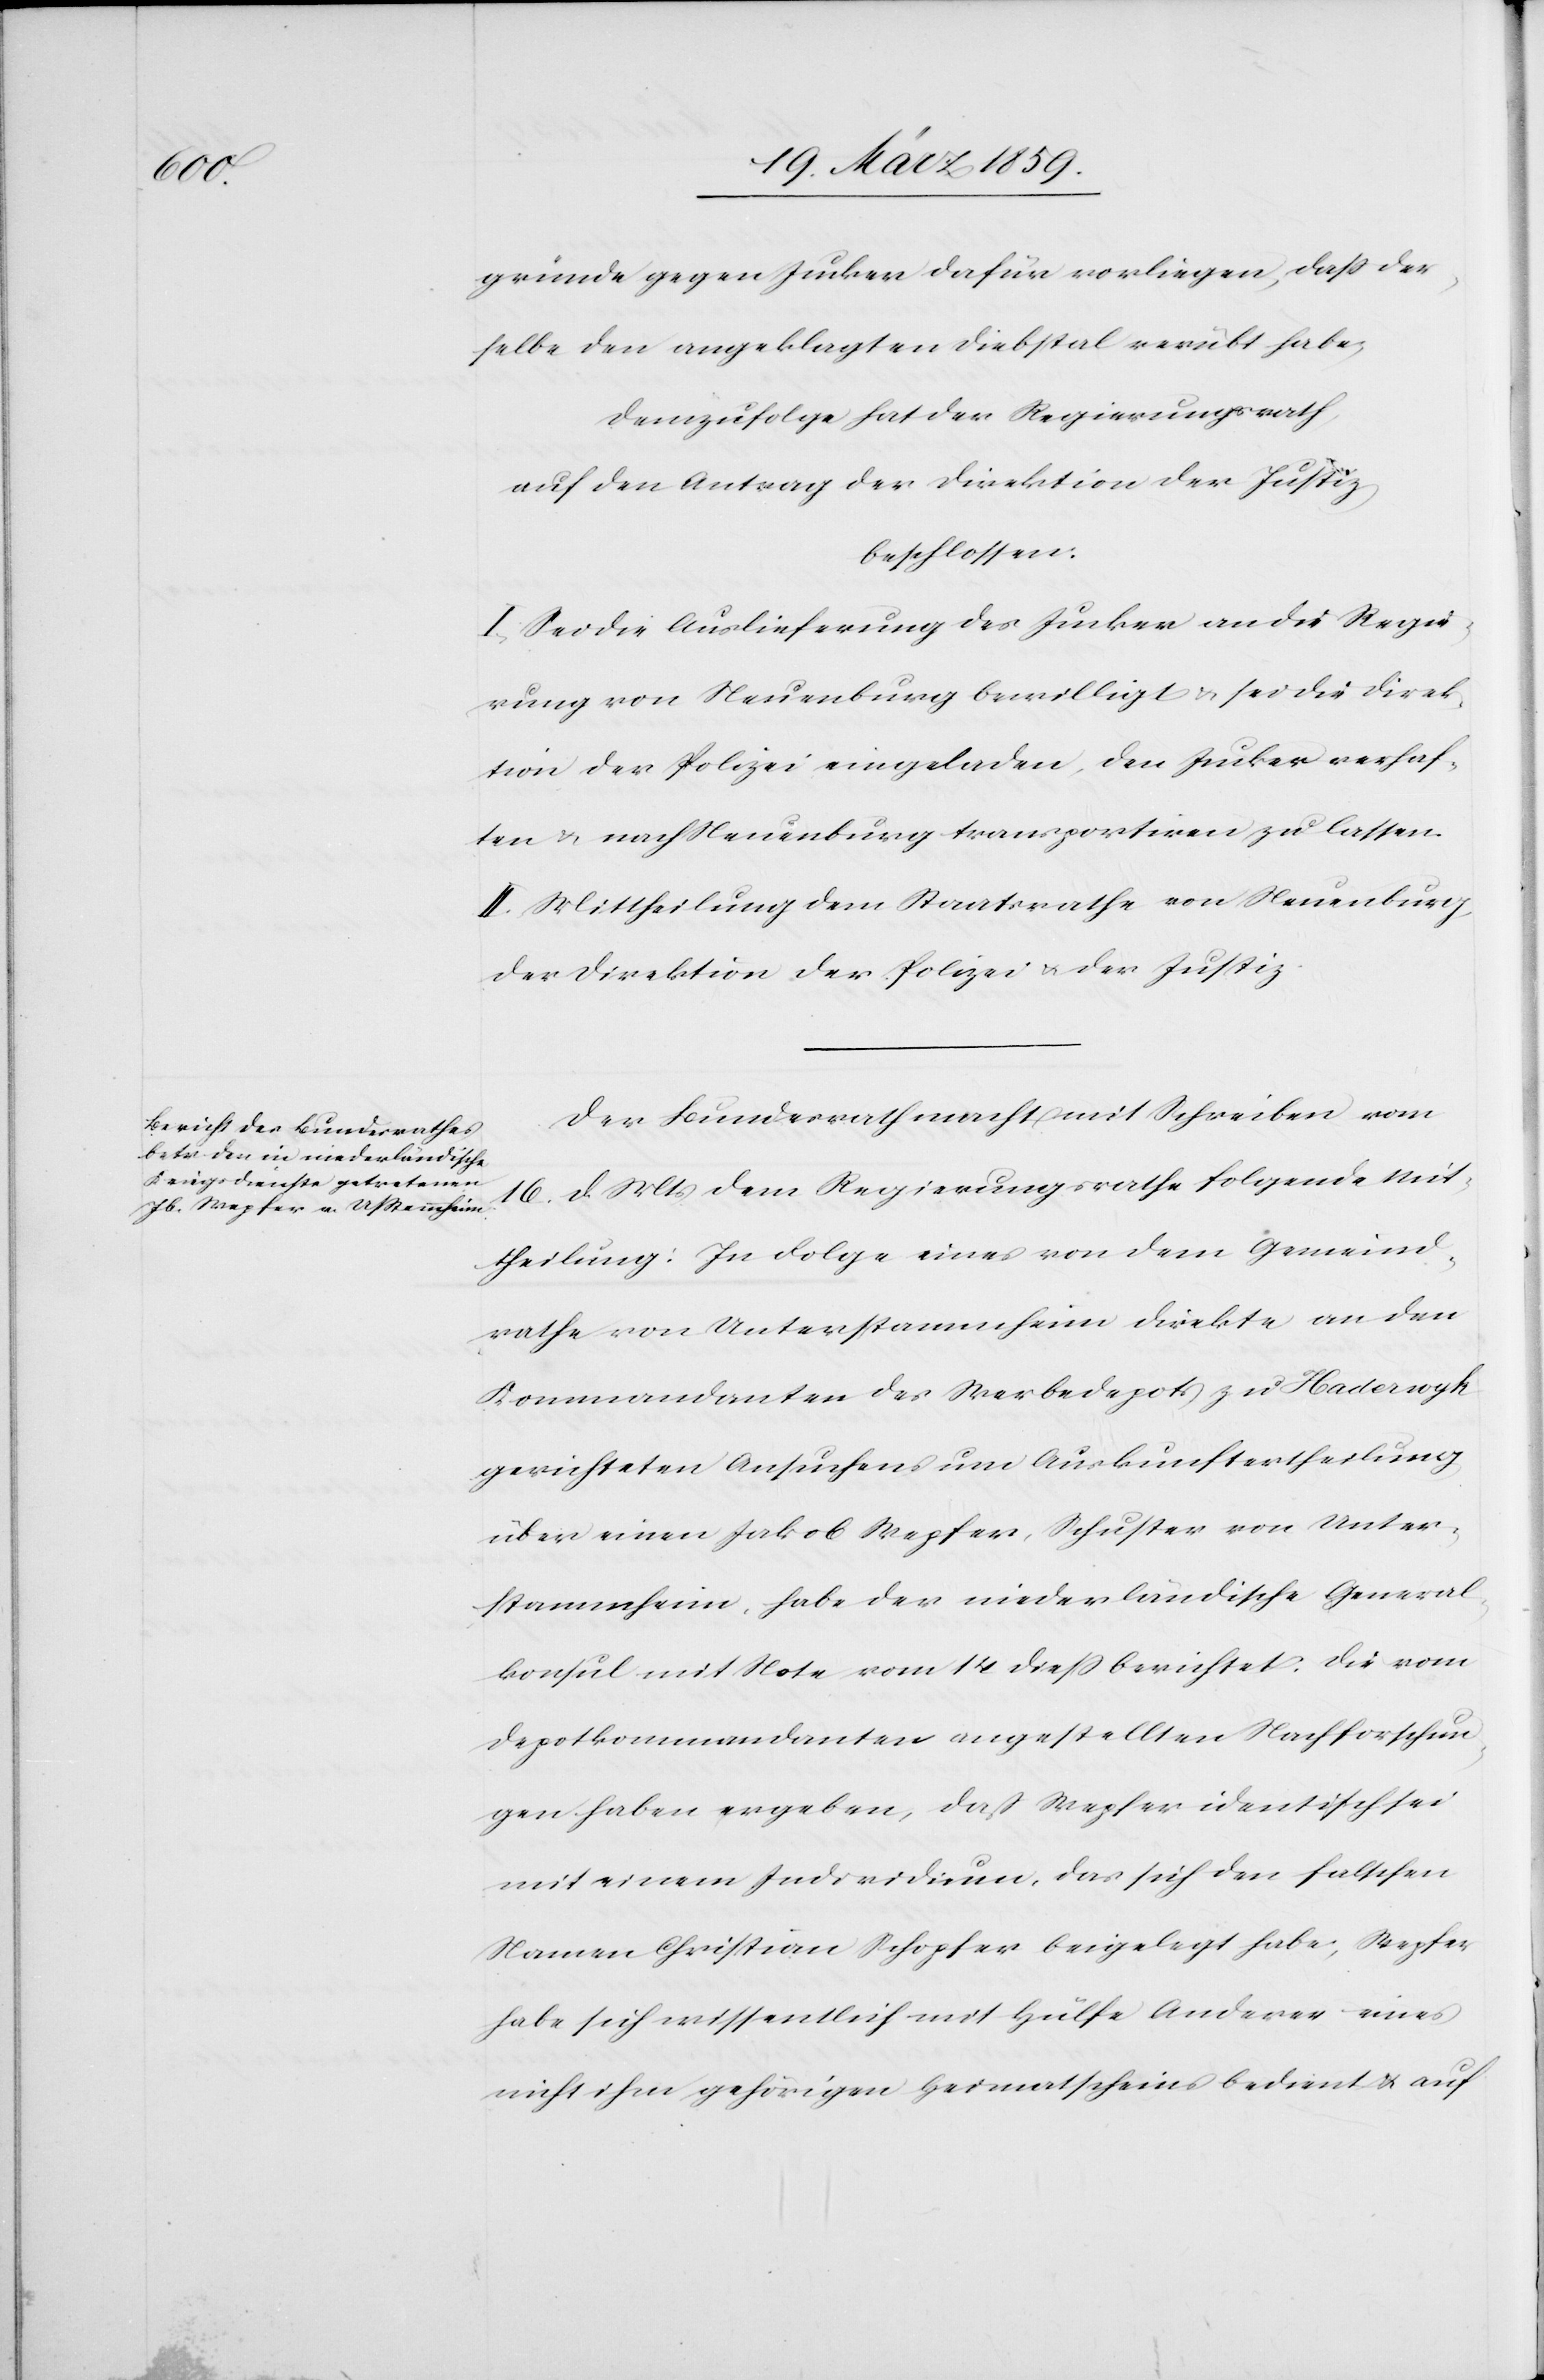
gründe gegen Jucker dafür vorliegen, daß der¬
selbe den angeklagten Diebstal verübt habe;
Demzufolge hat der Regierungsrath,
auf den Antrag der Direktion der Justiz,
beschlossen:
I. Sei die Auslieferung des Jucker an die Regie¬
rung von Neuenburg bewilligt & sei die Direk¬
tion der Polizei eingeladen, den Jucker verhaf¬
ten & nach Neuenburg transportiren zu lassen.
II. Mittheilung dem Staatsrathe von Neuenburg,
der Direktion der Polizei u. der Justiz.
Der Bundesrath macht mit Schreiben vom
16. d. Mts dem Regierungsrathe folgende Mit¬
theilung: In Folge eines von dem Gemeind¬
rathe von Unterstammheim direkte an den
Kommandanten des Werbedepots zu Haderwyk
gerichteten Ansuchens um Auskunftertheilung
über einen Jakob Wepfer, Schuster von Unter¬
stammheim, habe der niederländische General¬
konsul mit Note vom 14 dieß berichtet: Die von
Depotkommandanten angestellten Nachforschun¬
gen haben ergeben, daß Wepfer identisch sei
mit einem Individum, das sich den falschen
Namen Christian Schopfer beigelegt habe; Wepfer
habe sich wissentlich mit Hülfe Anderer eines
nicht ihm gehörigen Heimatscheins bedient u. auf